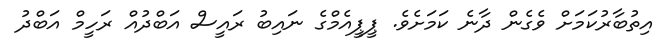
އިތުބާރުކަމަށް ވެގެން ދާނެ ކަމަށެވެ. ޕީޕީއެމްގެ ނައިބު ރައީސް އަބްދުއް ރަހީމް އަބްދު